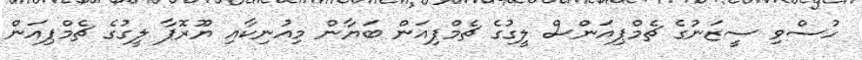
ހުސްވި ސީޒަނުގެ ޗެމްޕިއަންސް ލީގުގެ ޗެމްޕިއަން ބަޔާން މިއުނިކާއި ޔޫރޮޕާ ލީގުގެ ޗެމްޕިއަން